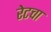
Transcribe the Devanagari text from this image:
रेटचा